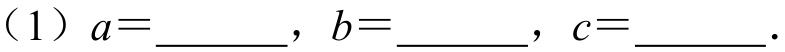
（1）\(a = \underline{\quad\quad}\)，\(b = \underline{\quad\quad}\)，\(c = \underline{\quad\quad}\).